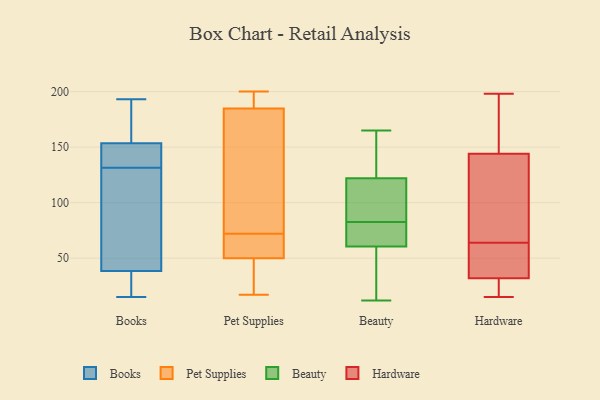
{"axis": {"x": "Production Output", "y": "Value"}, "legend": ["Beauty", "Books", "Hardware", "Pet Supplies"], "data": [{"x": "", "y": 128, "type": "Books"}, {"x": "", "y": 15, "type": "Books"}, {"x": "", "y": 39, "type": "Books"}, {"x": "", "y": 38, "type": "Books"}, {"x": "", "y": 144, "type": "Books"}, {"x": "", "y": 60, "type": "Books"}, {"x": "", "y": 172, "type": "Books"}, {"x": "", "y": 151, "type": "Books"}, {"x": "", "y": 193, "type": "Books"}, {"x": "", "y": 34, "type": "Books"}, {"x": "", "y": 156, "type": "Books"}, {"x": "", "y": 135, "type": "Books"}, {"x": "", "y": 175, "type": "Pet Supplies"}, {"x": "", "y": 188, "type": "Pet Supplies"}, {"x": "", "y": 72, "type": "Pet Supplies"}, {"x": "", "y": 67, "type": "Pet Supplies"}, {"x": "", "y": 25, "type": "Pet Supplies"}, {"x": "", "y": 45, "type": "Pet Supplies"}, {"x": "", "y": 65, "type": "Pet Supplies"}, {"x": "", "y": 190, "type": "Pet Supplies"}, {"x": "", "y": 142, "type": "Pet Supplies"}, {"x": "", "y": 17, "type": "Pet Supplies"}, {"x": "", "y": 200, "type": "Pet Supplies"}, {"x": "", "y": 136, "type": "Beauty"}, {"x": "", "y": 101, "type": "Beauty"}, {"x": "", "y": 52, "type": "Beauty"}, {"x": "", "y": 108, "type": "Beauty"}, {"x": "", "y": 165, "type": "Beauty"}, {"x": "", "y": 69, "type": "Beauty"}, {"x": "", "y": 74, "type": "Beauty"}, {"x": "", "y": 12, "type": "Beauty"}, {"x": "", "y": 83, "type": "Beauty"}, {"x": "", "y": 154, "type": "Beauty"}, {"x": "", "y": 37, "type": "Beauty"}, {"x": "", "y": 82, "type": "Beauty"}, {"x": "", "y": 32, "type": "Hardware"}, {"x": "", "y": 54, "type": "Hardware"}, {"x": "", "y": 138, "type": "Hardware"}, {"x": "", "y": 15, "type": "Hardware"}, {"x": "", "y": 18, "type": "Hardware"}, {"x": "", "y": 32, "type": "Hardware"}, {"x": "", "y": 176, "type": "Hardware"}, {"x": "", "y": 198, "type": "Hardware"}, {"x": "", "y": 144, "type": "Hardware"}, {"x": "", "y": 74, "type": "Hardware"}]}